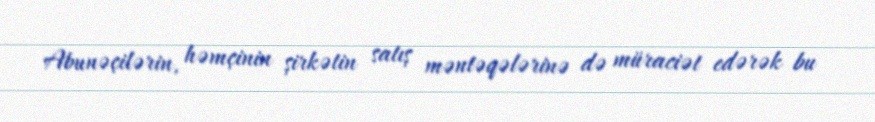
Abunəçilərin, həmçinin şirkətin satış məntəqələrinə də müraciət edərək bu